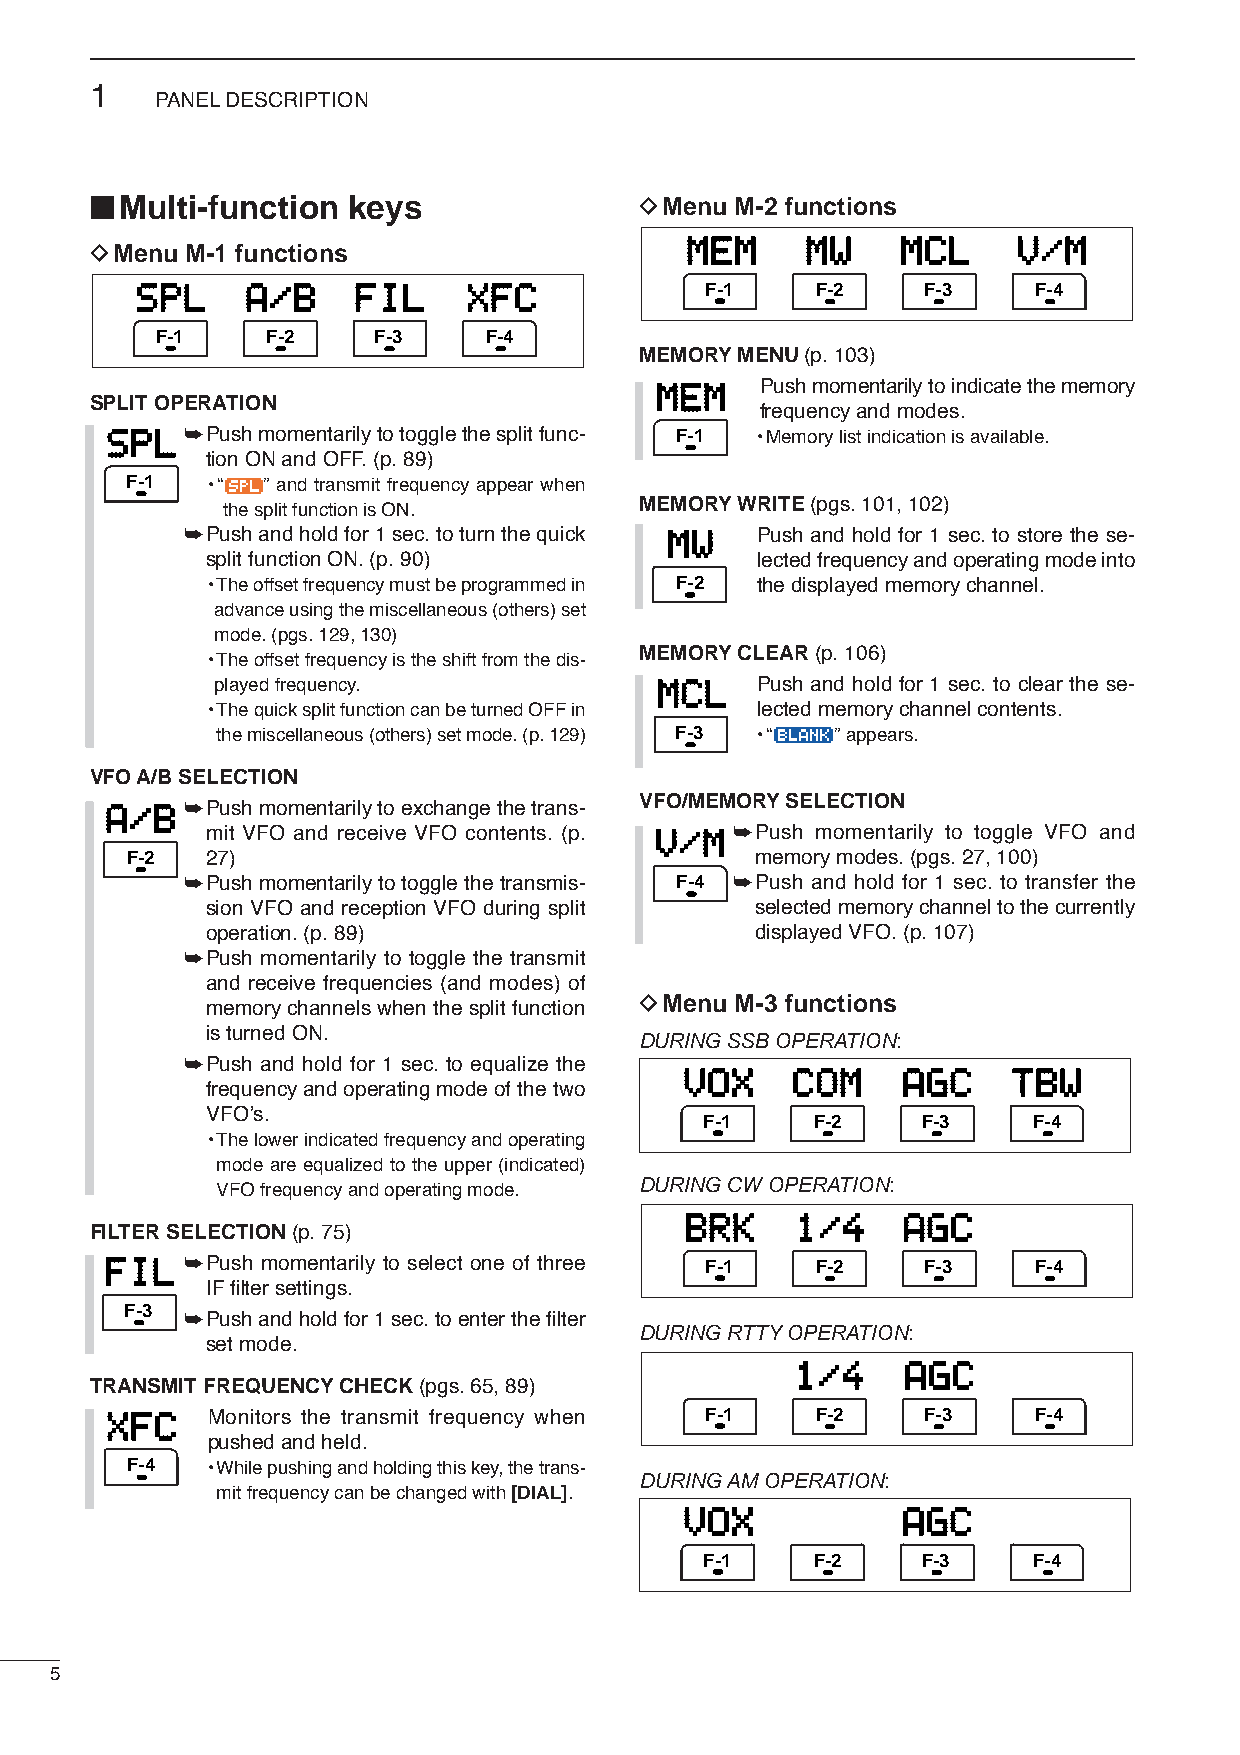
1
 PANELDESCRIPTION
 ■ Multi-function keys               DMenu  M-2 functions
 MEM     MW     MCL    V/M
 DMenu M-1 functions
 SPL    A/B    FIL     XFC             F-1    F-2    F-3    F-4
 F-1     F-2    F-3    F-4
 MEMORYMENU (p.103)
 MEM    Push momentarily to indicate the memory
 SPLIT OPERATION
 frequency and modes.
 SPL  ➥Push momentarily to toggle the split func- F-1 •Memory list indication is available.
 tion ON and OFF. (p. 89)
 F-1   •“ ” and transmit frequency appear when
 MEMORYWRITE (pgs.101, 102)
 the split function is ON.
 ➥Push and hold for 1 sec. to turn the quick MW Push and hold for 1 sec. to store the se-
 split function ON. (p. 90)          lected frequency and operating mode into
 •The offset frequency must be programmed in F-2 the displayed memory channel.
 advance using the miscellaneous (others) set
 mode. (pgs. 129, 130)
 MEMORYCLEAR (p.106)
 •The offset frequency is the shift from the dis-
 played frequency.            MCL    Push and hold for 1 sec. to clear the se-
 •The quick split function can be turned OFF in lected memory channel contents.
 the miscellaneous (others) set mode. (p. 129) F-3 •“ ”appears.
 VFO A/B SELECTION
 A/B  ➥Push momentarily to exchange the trans- VFO/MEMORYSELECTION
 mit VFO and receive VFO contents. (p. V/M ➥Push momentarily to toggle VFO and
 F-2   27)                                 memory modes. (pgs. 27, 100)
 ➥Push momentarily to toggle thetransmis- F-4 ➥Push and hold for 1 sec. to transfer the
 sion VFO and reception VFO during split selected memory channel to the currently
 operation. (p. 89)                  displayed VFO. (p. 107)
 ➥Push momentarily to toggle the transmit
 and receive frequencies (and modes) of
 DMenu  M-3 functions
 memory channels when the split function
 is turned ON.
 DURING SSB OPERATION:
 ➥Push and hold for 1 sec. to equalize the
 VOX    COM     AGC    TBW
 frequency and operatingmode of the two
 VFO’s.
 F-1    F-2    F-3    F-4
 •The lower indicated frequency and operating
 mode are equalized to the upper (indicated)
 VFO frequency and operating mode. DURING CW OPERATION:
 BRK     1/4    AGC
 FILTER SELECTION (p.75)
 FIL  ➥Push momentarily to select one of three F-1 F-2 F-3    F-4
 IF filter settings.
 F-3 ➥Push and hold for 1 sec. to enter the filter
 DURING RTTYOPERATION:
 set mode.
 1/4    AGC
 TRANSMIT FREQUENCYCHECK (pgs.65, 89)
 XFC    Monitors the transmit frequency when F-1 F-2   F-3    F-4
 pushed and held.
 F-4   •While pushing and holding this key, the trans-
 DURING AM OPERATION:
 mit frequency can be changed with [DIAL].
 VOX            AGC
 F-1    F-2    F-3    F-4
 5